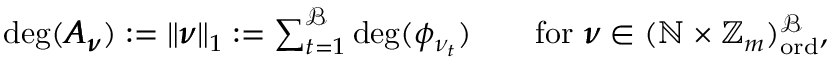
\begin{array} { r } { \deg ( \pmb { A } _ { \pmb { \nu } } ) : = \| \pmb { \nu } \| _ { 1 } : = \sum _ { t = 1 } ^ { \mathcal { B } } \deg ( \phi _ { \nu _ { t } } ) \qquad \mathrm { f o r } ~ \pmb { \nu } \in ( \mathbb { N } \times \mathbb { Z } _ { m } ) _ { \mathrm { o r d } } ^ { \mathcal { B } } , } \end{array}